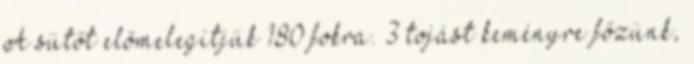
A sütőt előmelegítjük 180 fokra. 3 tojást keményre főzünk,